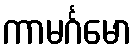
ကာမင်္ဂမော